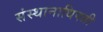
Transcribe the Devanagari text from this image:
संस्थानाधिपती